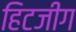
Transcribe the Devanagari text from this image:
हिटजीग